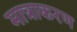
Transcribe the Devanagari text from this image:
मात्राकरण